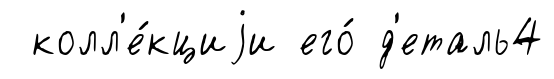
колл'е́кциjи его́ д'еталь4